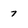
Character: 7